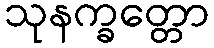
သုနက္ခတ္တော